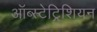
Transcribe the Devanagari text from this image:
ऑब्स्टेट्रिशियन